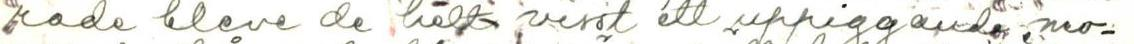
rade bleve de helt visst ett uppiggande mo-